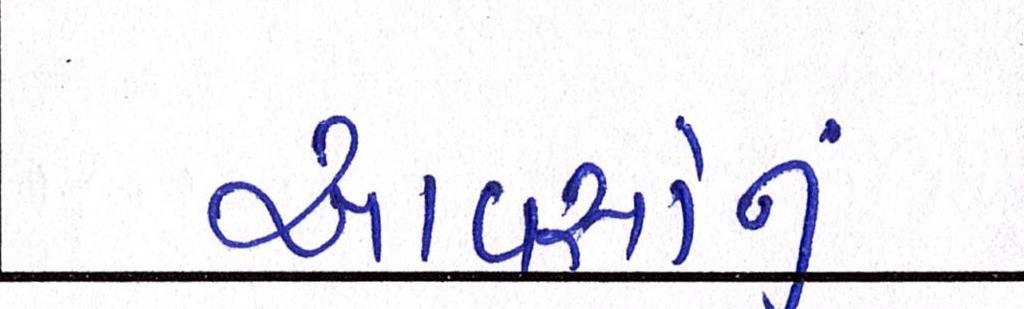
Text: આવાસોનું